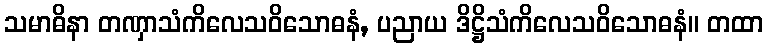
သမာဓိနာ တဏှာသံကိလေသဝိသောဓနံ, ပညာယ ဒိဋ္ဌိသံကိလေသဝိသောဓနံ။ တထာ